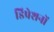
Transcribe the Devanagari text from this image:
डिप्रेशनों